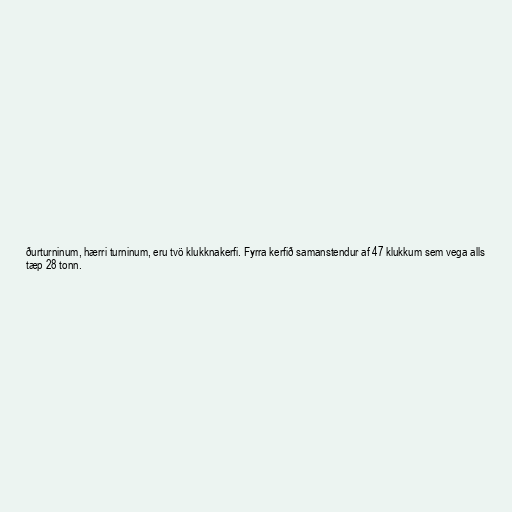
ðurturninum, hærri turninum, eru tvö klukknakerfi. Fyrra kerfið samanstendur af 47 klukkum sem vega alls
tæp 28 tonn.